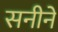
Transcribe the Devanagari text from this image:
सनीने